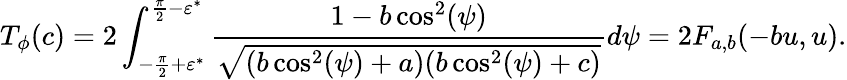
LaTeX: T_{\phi}(c)=2\int_{-\frac{\pi}{2}+\varepsilon^{*}}^{\frac{\pi}{2}-\varepsilon^{*}}\frac{1-b\cos^{2}(\psi)}{\sqrt{(b\cos^{2}(\psi)+a)(b\cos^{2}(\psi)+c)}}d\psi=2F_{a,b}(-bu,u).